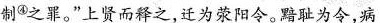
制^{④}之罪。”上贤而释之，迁为荥阳令。黯耻为令，病